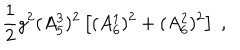
LaTeX: \frac { 1 } { 2 } g ^ { 2 } ( A _ { 5 } ^ { 3 } ) ^ { 2 } \left[ ( A _ { 6 } ^ { 1 } ) ^ { 2 } + ( A _ { 6 } ^ { 2 } ) ^ { 2 } \right] \; ,